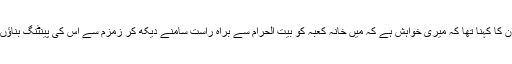
ان کا کہنا تھا کہ میری خواہش ہے کہ میں خانہ کعبہ کو بیت الحرام سے براہ راست سامنے دیکھ کر زمزم سے اس کی پینٹنگ بناؤں۔